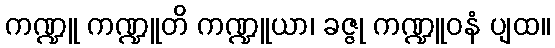
ကဏ္ဍူ ကဏ္ဍူတိ ကဏ္ဍူယာ၊ ခဇ္ဇု ကဏ္ဍူဝနံ ပျထ။